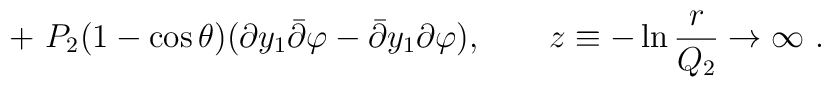
+\  P_2 (1-\cos \theta) (\partial y_1 {\bar\partial} \varphi - {\bar\partial} y_1 \partial \varphi)   , \ \ \ \ \ \  z \equiv - \ln {r \over Q_2} \to \infty \ .